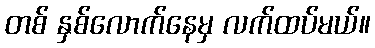
တစ် နှစ်လောက်နေမှ လက်ထပ်မယ်။